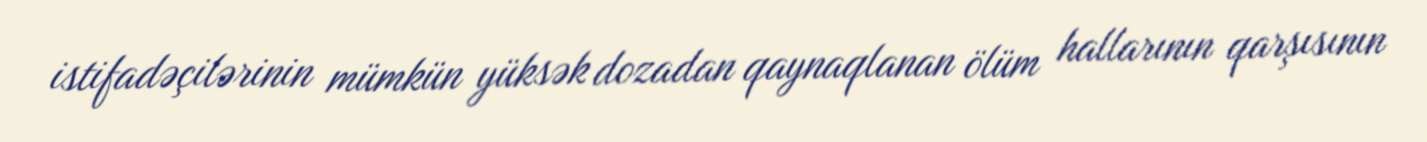
istifadəçilərinin mümkün yüksək dozadan qaynaqlanan ölüm hallarının qarşısının